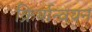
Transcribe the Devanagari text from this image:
क्रिर्यान्वयन